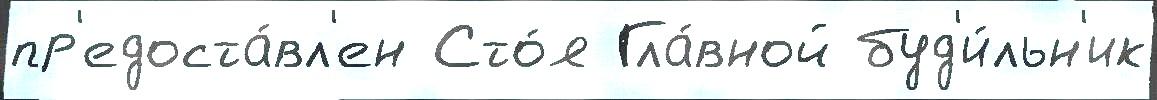
пр'едоста́вл'ен Сто́я Гла́вной буд'и́льн'ик